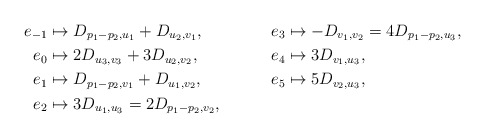
\begin{align*}e_{-1} &\mapsto D_{p_1 - p_2,u_1} + D_{u_2, v_1},& e_3 &\mapsto -D_{v_1, v_2} = 4D_{p_1 - p_2,u_3}, \\e_0 &\mapsto 2D_{u_3, v_3} + 3D_{u_2,v_2}, &e_4 &\mapsto 3D_{v_1, u_3}, \\e_1 &\mapsto D_{p_1 - p_2,v_1} + D_{u_1,v_2}, & e_5 &\mapsto 5D_{v_2,u_3}, \\e_2 &\mapsto 3D_{u_1, u_3} = 2D_{p_1 - p_2,v_2}, &&\end{align*}